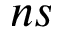
n s